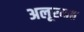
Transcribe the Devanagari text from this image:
अलूरमठ